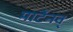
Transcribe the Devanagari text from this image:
मार्टेनव्